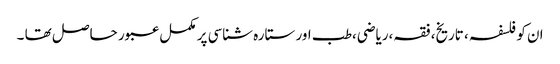
ان کو فلسفہ ، تاریخ، فقہ،ریاضی،طب اور ستارہ شناسی پر مکمل عبور حاصل تھا ۔